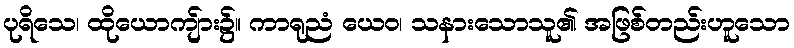
ပုရိသေ၊ ထိုယောကျ်ား၌။ ကာရုညံ ယေဝ၊ သနားသောသူ၏ အဖြစ်တည်းဟူသော